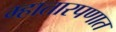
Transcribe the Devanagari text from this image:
म्हातारपणात